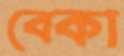
বেকা